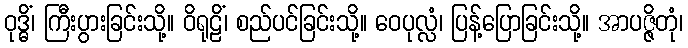
ဝုဒ္ဓိံ၊ ကြီးပွားခြင်းသို့။ ဝိရုဠိံ၊ စည်ပင်ခြင်းသို့။ ဝေပုလ္လံ၊ ပြန့်ပြောခြင်းသို့။ အာပဇ္ဇိတုံ၊